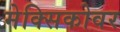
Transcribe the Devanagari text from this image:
मेक्सिकोवर